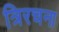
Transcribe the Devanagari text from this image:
त्रिरचना